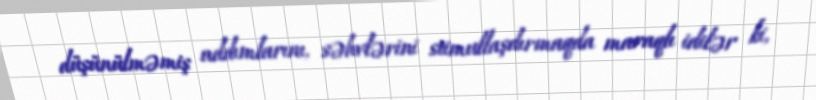
düşünülməmiş addımlarını, səhvlərini stimullaşdırmaqda maraqlı idilər ki,